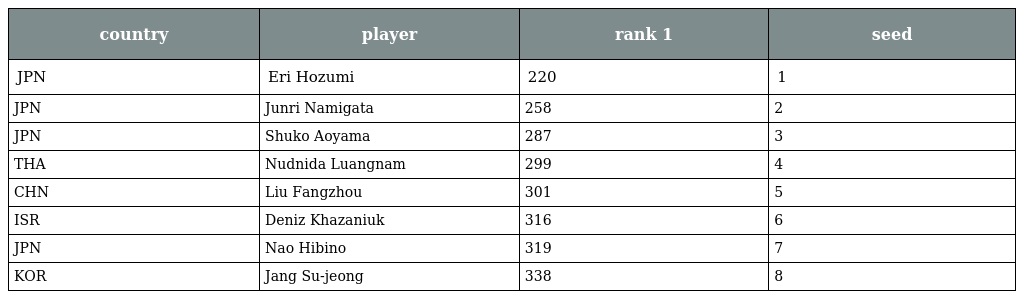
| country | player | rank 1 | seed |
 | --- | --- | --- | --- |
 | JPN | Eri Hozumi | 220 | 1 |
 | JPN | Junri Namigata | 258 | 2 |
 | JPN | Shuko Aoyama | 287 | 3 |
 | THA | Nudnida Luangnam | 299 | 4 |
 | CHN | Liu Fangzhou | 301 | 5 |
 | ISR | Deniz Khazaniuk | 316 | 6 |
 | JPN | Nao Hibino | 319 | 7 |
 | KOR | Jang Su-jeong | 338 | 8 |